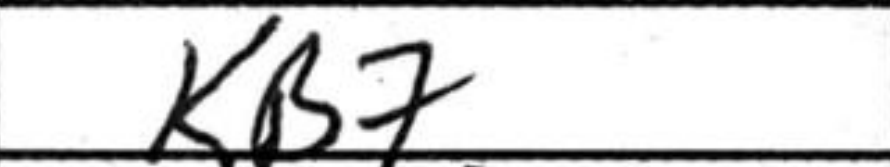
Transcription: Kb7